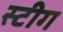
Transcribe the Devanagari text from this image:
स्टीग